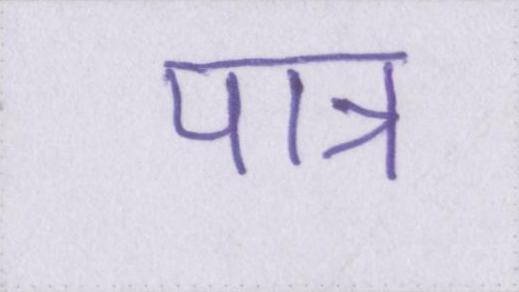
पात्र